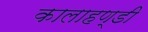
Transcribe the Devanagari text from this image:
कालाहण्डी